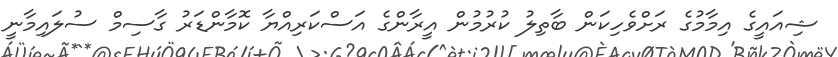
ޝިއައީގެ އިމާމުގެ ރަށްވެހިކަން ބާތިލު ކުރުމުން އީރާންގެ އަސްކަރިއްޔާ ކޮމާންޑަރު ގާސިމް ސުލައިމާނީ